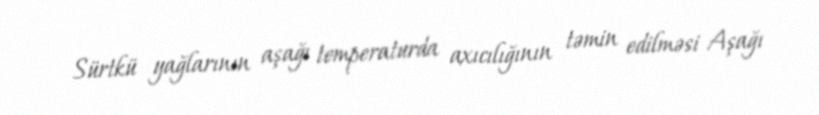
Sürtkü yağlarının aşağı temperaturda axıcılığının təmin edilməsi Aşağı